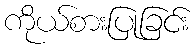
ကိုယ်စားပြုခြင်း